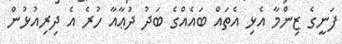
ފަނީގެ ޒިންމާ އެޅި އެތައް ބައެއްގެ ބަދު ދުޢާއާ ހުރެ އެ ދިރިއުޅުން